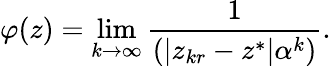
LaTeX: \varphi(z)=\operatorname*{lim}_{k\to\infty}{\frac{1}{(|z_{kr}-z^{*}|\alpha^{k})}}.